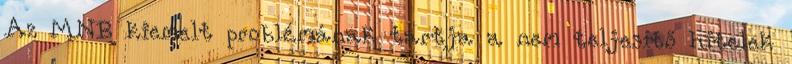
Az MNB kiemelt problémának tartja a nem teljesítő hitelek